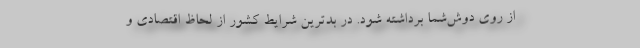
از روی دوش‌شما برداشته شود. در بدترین شرایط کشور از لحاظ اقتصادی و